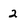
Character: 2